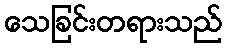
သေခြင်းတရားသည်